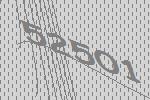
52501